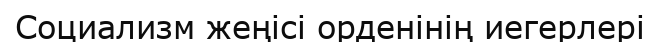
Социализм жеңісі орденінің иегерлері